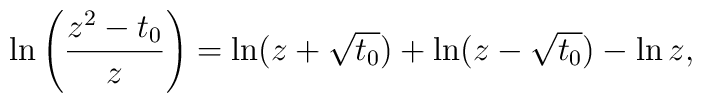
\ln \left(\frac{ z^{2}-t_{0}}{z}\right) = \ln(z+\sqrt{t_{0}}) +  \ln(z-\sqrt{t_{0}}) - \ln z,